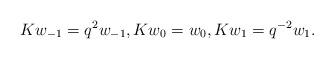
LaTeX: \begin{align*}K w_{-1} = q^2 w_{-1}, K w_0 = w_0, K w_1 = q^{-2} w_1.\end{align*}